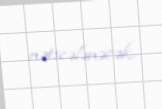
nəticələnəcək.